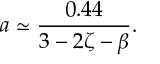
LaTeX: a \simeq \frac { 0 . 4 4 } { 3 - 2 \zeta - \beta } .